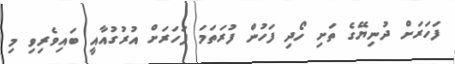
ފަހަރަށް ދުނިޔޭގެ ތަށި ހޯދި ފަހުން ފުރަތަމަ ފަހަރަށް އުރުގުއާއީ ބައިވެރިވި މި